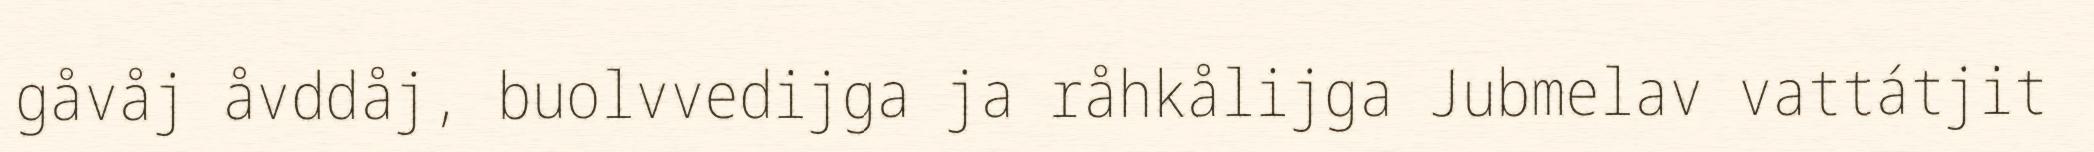
gåvåj åvddåj, buolvvedijga ja råhkålijga Jubmelav vattátjit